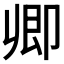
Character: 𠨞